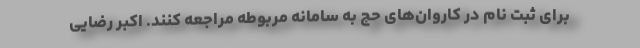
برای ثبت نام در کاروان‌های حج به سامانه مربوطه مراجعه کنند. اکبر رضایی